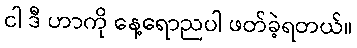
ငါ ဒီ ဟာကို နေ့ရောညပါ ဖတ်ခဲ့ရတယ်။